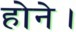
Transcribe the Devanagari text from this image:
होने।